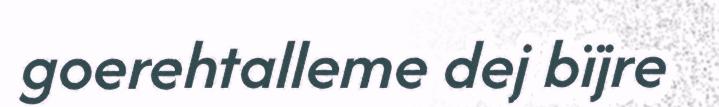
goerehtalleme dej bïjre